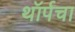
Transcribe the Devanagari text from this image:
थॉर्पचा